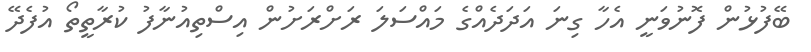
ބޭފުޅުން ފޮނުވަނީ އެހާ ގިނަ އަދަދެއްގެ މައްސަލަ ރަށްރަށުން އިސްތިއުނާފު ކުރާތީތޯ އުފެދޭ